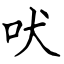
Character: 吠